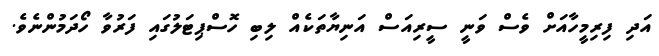
އަދި ފިރިމީހާއަށް ވެސް ވަނީ ސީރިއަސް އަނިޔާތަކެއް ލިބި ހޮސްޕިޓަލުގައި ފަރުވާ ހޯދަމުންނެވެ.